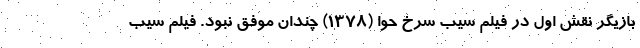
بازیگر نقش اول در فیلم سیب سرخ حوا (1378) چندان موفق نبود. فیلم سیب